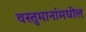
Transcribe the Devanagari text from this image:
वस्तुमानांमधील